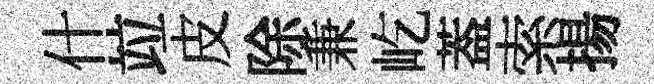
什竝皮除兼屹葢索揚